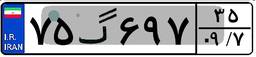
۷۵گ۶۹۷۳۵